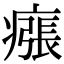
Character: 瘬